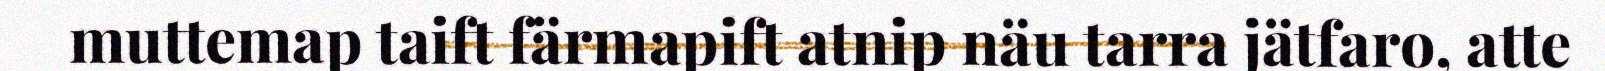
muttemap taift färmapift atnip näu tarra jätfaro, atte